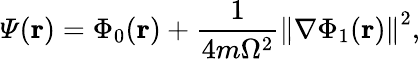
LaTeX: \varPsi(\mathbf{r})=\Phi_{0}(\mathbf{r})+\frac{1}{4m\Omega^{2}}\left\Vert\nabla\Phi_{1}(\mathbf{r})\right\Vert^{2},